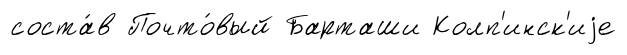
соста́в Почто́вый Барташи Колп'инск'иjе